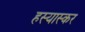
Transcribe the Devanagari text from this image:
हस्यास्कर